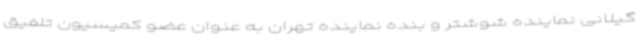
گیلانی نماینده شوشتر و بنده نماینده تهران به عنوان عضو کمیسیون تلفیق